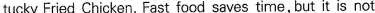
tucky Fried Chicken. Fast food saves time,but it is not